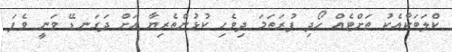
ކްލަބަކާއެކު ތަށްޓެއް ހޯދި ފުރަތަމަ ދިވެހި ކުޅުންތެރިޔާ އަށް ދަގަނޑޭ ވަނީ ވެފަ